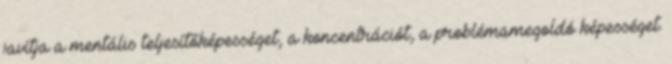
javítja a mentális teljesítőképességet, a koncentrációt, a problémamegoldó képességet.